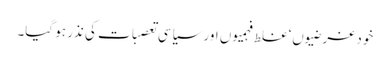
خود غرضیوں‘ غلط فہمیوں اور سیاسی تعصبات کی نذر ہو گیا۔